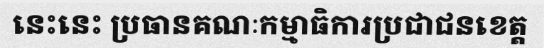
នេះនេះ ប្រធានគណៈកម្មាធិការប្រជាជនខេត្ត